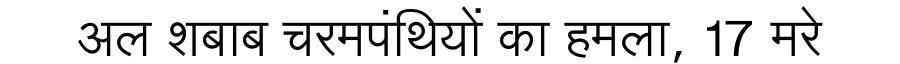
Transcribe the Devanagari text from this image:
अल शबाब चरमपंथियों का हमला, 17 मरे